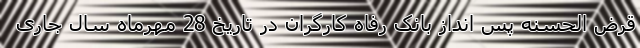
قرض الحسنه پس انداز بانک رفاه کارگران در تاریخ 28 مهرماه سال جاری